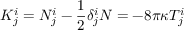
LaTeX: K _ { j } ^ { i } = N _ { j } ^ { i } - { \frac { 1 } { 2 } } \delta _ { j } ^ { i } N = - 8 \pi \kappa T _ { j } ^ { i }